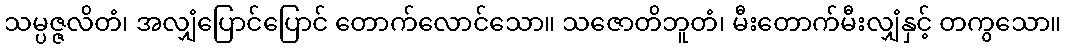
သမ္ပဇ္ဇလိတံ၊ အလျှံပြောင်ပြောင် တောက်လောင်သော။ သဇောတိဘူတံ၊ မီးတောက်မီးလျှံနှင့် တကွသော။